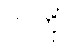
လကို